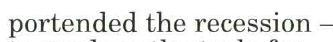
portended the recession